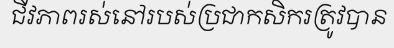
ជីវភាពរស់នៅរបស់ប្រជាកសិករត្រូវបាន